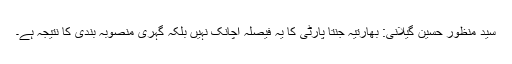
سید منظور حسین گیلانی: بھارتیہ جنتا پارٹی کا یہ فیصلہ اچانک نہیں بلکہ گہری منصوبہ بندی کا نتیجہ ہے۔